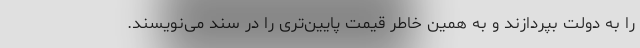
را به دولت بپردازند و به همین خاطر قیمت پایین‌تری را در سند می‌نویسند.